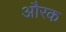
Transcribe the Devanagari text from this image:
औरक